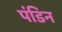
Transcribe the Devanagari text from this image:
पंडिन